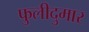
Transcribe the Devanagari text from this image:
फुलीदुमार